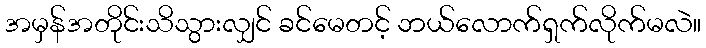
အမှန်အတိုင်းသိသွားလျှင် ခင်မေတင့် ဘယ်လောက်ရှက်လိုက်မလဲ။